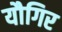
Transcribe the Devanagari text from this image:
यौगिर